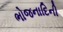
ભોજનાદિની